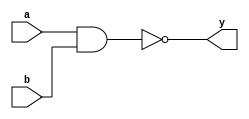
module nandgate(a,b,y);
 input a,b;
output y;
assign y=~(a&b);
endmodule

module  nandgate_tb ();
wire y;
reg a,b;

nandgate dut (.a(a), .b(b), .y(y));
initial begin
a=0;
b=0;
#10

a=0;
b=1;
#10

a=1;
b=0;
#10

a=1;
b=1;
#10

$stop;
end
initial
$monitor("a=%0b,b=%0b,y=%0b",a,b,y);
endmodule